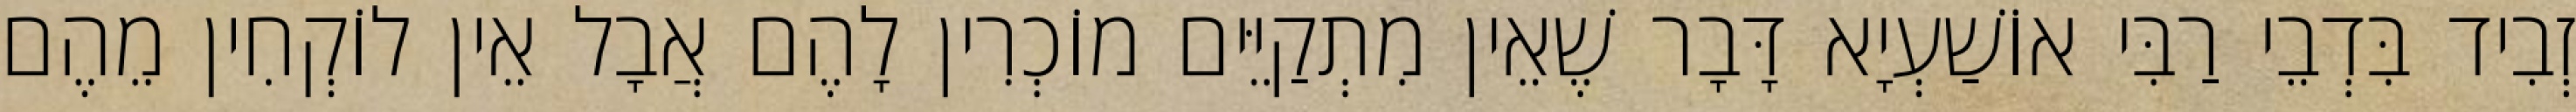
זְבִיד בִּדְבֵי רַבִּי אוֹשַׁעְיָא דָּבָר שֶׁאֵין מִתְקַיֵּים מוֹכְרִין לָהֶם אֲבָל אֵין לוֹקְחִין מֵהֶם